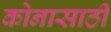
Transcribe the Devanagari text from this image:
कोनासाठी